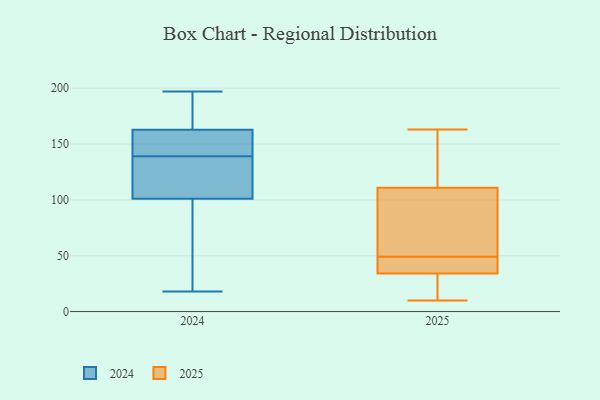
{"axis": {"x": "Active Users", "y": "Value"}, "legend": ["2024", "2025"], "data": [{"x": "", "y": 18, "type": "2024"}, {"x": "", "y": 144, "type": "2024"}, {"x": "", "y": 139, "type": "2024"}, {"x": "", "y": 111, "type": "2024"}, {"x": "", "y": 159, "type": "2024"}, {"x": "", "y": 133, "type": "2024"}, {"x": "", "y": 58, "type": "2024"}, {"x": "", "y": 149, "type": "2024"}, {"x": "", "y": 193, "type": "2024"}, {"x": "", "y": 121, "type": "2024"}, {"x": "", "y": 22, "type": "2024"}, {"x": "", "y": 152, "type": "2024"}, {"x": "", "y": 197, "type": "2024"}, {"x": "", "y": 176, "type": "2024"}, {"x": "", "y": 174, "type": "2024"}, {"x": "", "y": 133, "type": "2024"}, {"x": "", "y": 71, "type": "2024"}, {"x": "", "y": 18, "type": "2025"}, {"x": "", "y": 38, "type": "2025"}, {"x": "", "y": 34, "type": "2025"}, {"x": "", "y": 111, "type": "2025"}, {"x": "", "y": 114, "type": "2025"}, {"x": "", "y": 163, "type": "2025"}, {"x": "", "y": 58, "type": "2025"}, {"x": "", "y": 106, "type": "2025"}, {"x": "", "y": 10, "type": "2025"}, {"x": "", "y": 40, "type": "2025"}]}